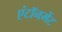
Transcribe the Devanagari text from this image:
एंटॉनमेंट